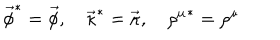
\vec { \phi } ^ { * } = \vec { \phi } , \quad \vec { \kappa } ^ { * } = \vec { \kappa } , \quad { \rho ^ { \mu } } ^ { * } = \rho ^ { \mu }